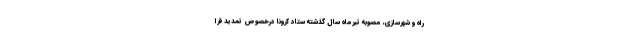
راه و شهرسازی، مصوبه تیرماه سال گذشته ستاد کرونا درخصوص تمدید قرا